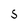
Character: S